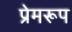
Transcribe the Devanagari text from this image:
प्रेमरूप